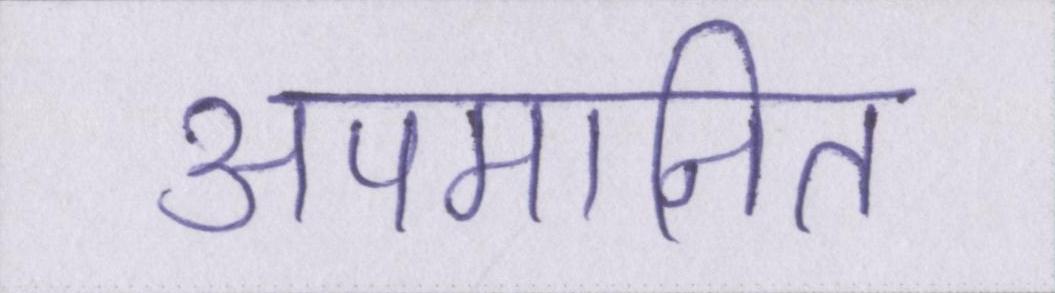
अपमानित